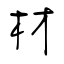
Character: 材